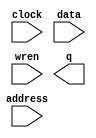
module disk02 (
	address,
	clock,
	data,
	wren,
	q);
	input	[10:0]  address;
	input	  clock;
	input	[7:0]  data;
	input	  wren;
	output	[7:0]  q;
`ifndef ALTERA_RESERVED_QIS
// synopsys translate_off
`endif
	tri1	  clock;
`ifndef ALTERA_RESERVED_QIS
// synopsys translate_on
`endif
endmodule